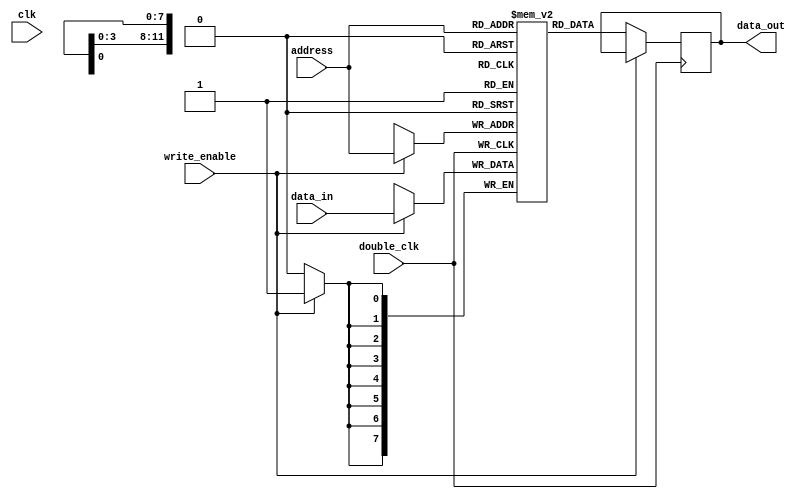
// Intel 8008 FPGA Soft Processor
//     Web: https://www.mikekohn.net/
//   Board: iceFUN iCE40 HX8K
// License: MIT
//
// Copyright 2022-2024 by Michael Kohn

// This creates 256 bytes of RAM on the FPGA itself. Written this
// way makes it inferred by the IceStorm tools. It seems like it
// only infers it to BlockRam when using double_clk, which based
// on the timing chart in the Lattice documentation seems to make
// sense.

module ram
(
  input  [11:0] address,
  input  [7:0] data_in,
  output reg [7:0] data_out,
  input write_enable,
  input clk,
  input double_clk
);

reg [7:0] storage [4095:0];

always @(posedge double_clk) begin
  if (write_enable)
    storage[address] <= data_in;
  else
    data_out = storage[address];
end

endmodule